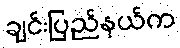
ချင်းပြည်နယ်က